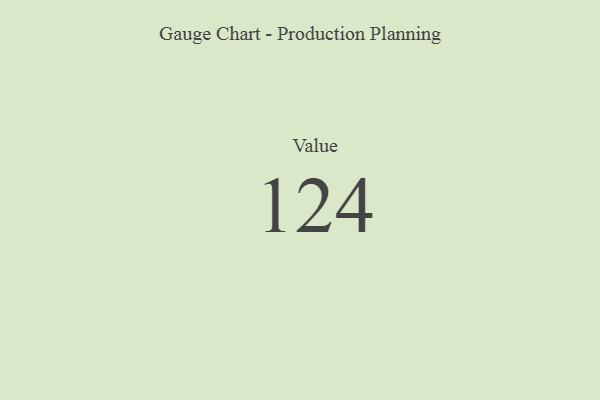
{"axis": {"x": "Metric", "y": "Value"}, "legend": [""], "data": [{"x": "Value", "y": 124, "type": ""}]}